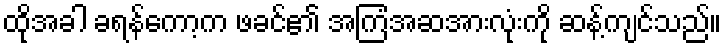
ထိုအခါ ခရန်ကော့က ဖခင်၏ အကြံအဆအားလုံးကို ဆန့်ကျင်သည်။